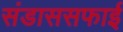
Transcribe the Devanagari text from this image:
संडाससफाई